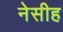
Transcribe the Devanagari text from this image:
नेसीह